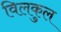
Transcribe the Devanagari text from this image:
विलकुल